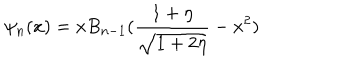
LaTeX: \psi _ { n } ( x ) = x B _ { n - 1 } ( { \frac { 1 + \eta } { \sqrt { 1 + 2 \eta } } } - x ^ { 2 } )